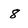
Character: 8